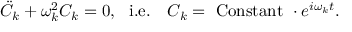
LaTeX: { \ddot { C } } _ { k } + \omega _ { k } ^ { 2 } C _ { k } = 0 , ~ ~ \mathrm { i . e . } ~ ~ ~ C _ { k } = ~ \mathrm { C o n s t a n t } ~ \cdot e ^ { i \omega _ { k } t } .